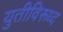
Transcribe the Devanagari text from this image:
युतीविरूध्द